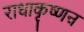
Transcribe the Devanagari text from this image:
राधाकृष्णऩ